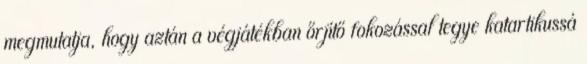
megmutatja, hogy aztán a végjátékban őrjítő fokozással tegye katartikussá